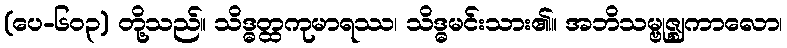
(ပေ-၆၀၃) တို့သည်။ သိဒ္ဓတ္ထကုမာရဿ၊ သိဒ္ဓမင်းသား၏။ အဘိသမ္ဗုဇ္ဈကာလော၊